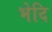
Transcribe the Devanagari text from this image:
भेदि